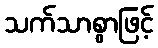
သက်သာစွာဖြင့်